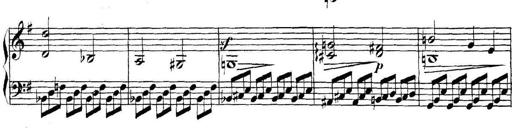
Title: Collected Piano Sonatas
Composer: Muzio Clementi